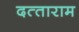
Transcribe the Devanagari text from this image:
दत्‍ताराम